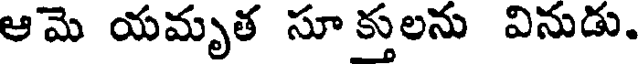
ఆమె యమృత సూ క్తులను వినుడు.